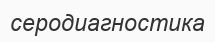
серодиагностика